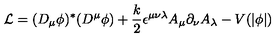
{ \cal L } = ( D _ { \mu } \phi ) ^ { * } ( D ^ { \mu } \phi ) + \frac { k } { 2 } \epsilon ^ { \mu \nu \lambda } A _ { \mu } \partial _ { \nu } A _ { \lambda } - V ( \vert \phi \vert )